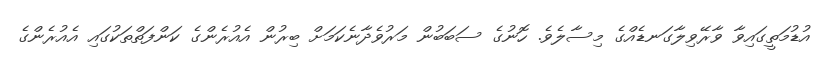
އުޑުމަތީގައިވާ ވާރޭވިލާގަނޑެއްގެ މިސާލެވެ. ހޮނުގެ ސަބަބުން މަރުވެދާނެކަމަށް ބިރުން އެއުރެންގެ ކަންފަތްތަކުގައި އެއުރެންގެ